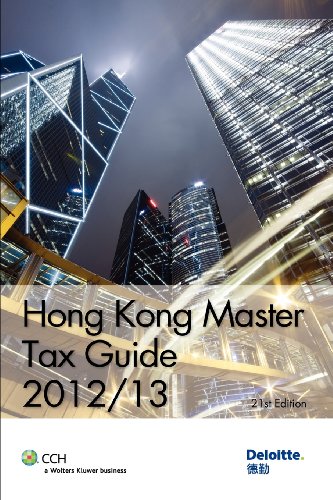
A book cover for Hong Kong Master Tax Guide 2012/13; Deloitte Touche Tohmatsu; Law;